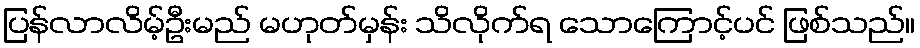
ပြန်လာလိမ့်ဦးမည် မဟုတ်မှန်း သိလိုက်ရ သောကြောင့်ပင် ဖြစ်သည်။